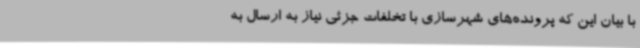
با بیان این که پرونده‌های شهرسازی با تخلفات جزئی نیاز به ارسال به